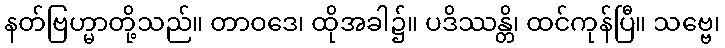
နတ်ဗြဟ္မာတို့သည်။ တာဝဒေ၊ ထိုအခါ၌။ ပဒိဿန္တိ၊ ထင်ကုန်ပြီ။ သဗ္ဗေ၊